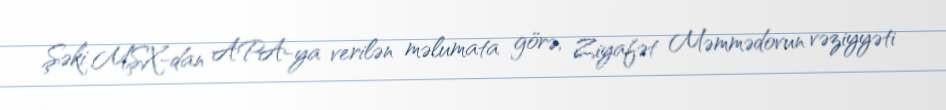
Şəki MŞX-dan APA-ya verilən məlumata görə, Ziyafət Məmmədovun vəziyyəti